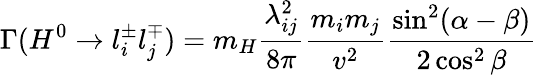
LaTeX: \Gamma(H^{0}\to l_{i}^{\pm}l_{j}^{\mp})=m_{H}\frac{\lambda_{ij}^{2}}{8\pi}\frac{m_{i}m_{j}}{v^{2}}\frac{\sin^{2}(\alpha-\beta)}{2\cos^{2}\beta}